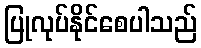
ပြုလုပ်နိုင်စေပါသည်